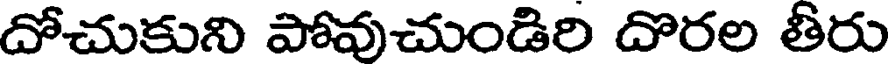
దోచుకుని పోవుచుండిరి దొరల తీరు